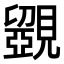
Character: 𧢗